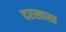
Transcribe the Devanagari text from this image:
दरखास्त